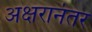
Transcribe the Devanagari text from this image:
अक्षरानंतर